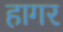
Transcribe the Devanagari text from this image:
हागर